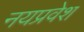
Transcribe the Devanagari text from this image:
नयप्रवेश